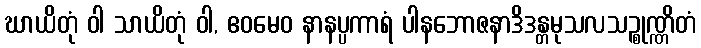
ဃာယိတုံ ဝါ သာယိတုံ ဝါ, ဧဝမေဝ နာနပ္ပကာရံ ပါနဘောဇနာဒိဒန္တမုသလသဉ္စုဏ္ဏိတံ